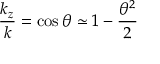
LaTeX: { \frac { k _ { z } } { k } } = \cos \theta \simeq 1 - { \frac { \theta ^ { 2 } } { 2 } }